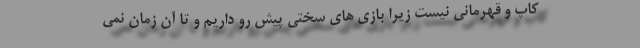
کاپ و قهرمانی نیست زیرا بازی های سختی پیش رو داریم و تا آن زمان نمی